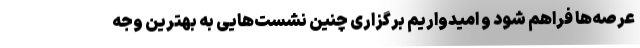
عرصه‌ها فراهم شود و امیدواریم برگزاری چنین نشست‌هایی به بهترین وجه